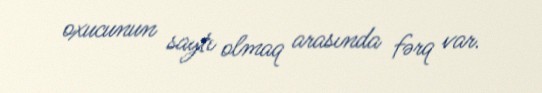
oxucunun saytı olmaq arasında fərq var.